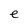
Character: e